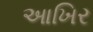
આખિર